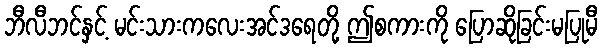
ဘီလီဘင်နှင့် မင်းသားကလေးအင်ဒရေတို့ ဤစကားကို ပြောဆိုခြင်းမပြုမီ